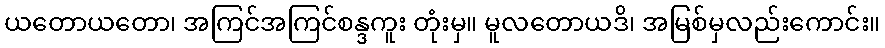
ယတောယတော၊ အကြင်အကြင်စန္ဒကူး တုံးမှ။ မူလတောယဒိ၊ အမြစ်မှလည်းကောင်း။